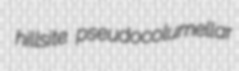
hillsite pseudocolumellar